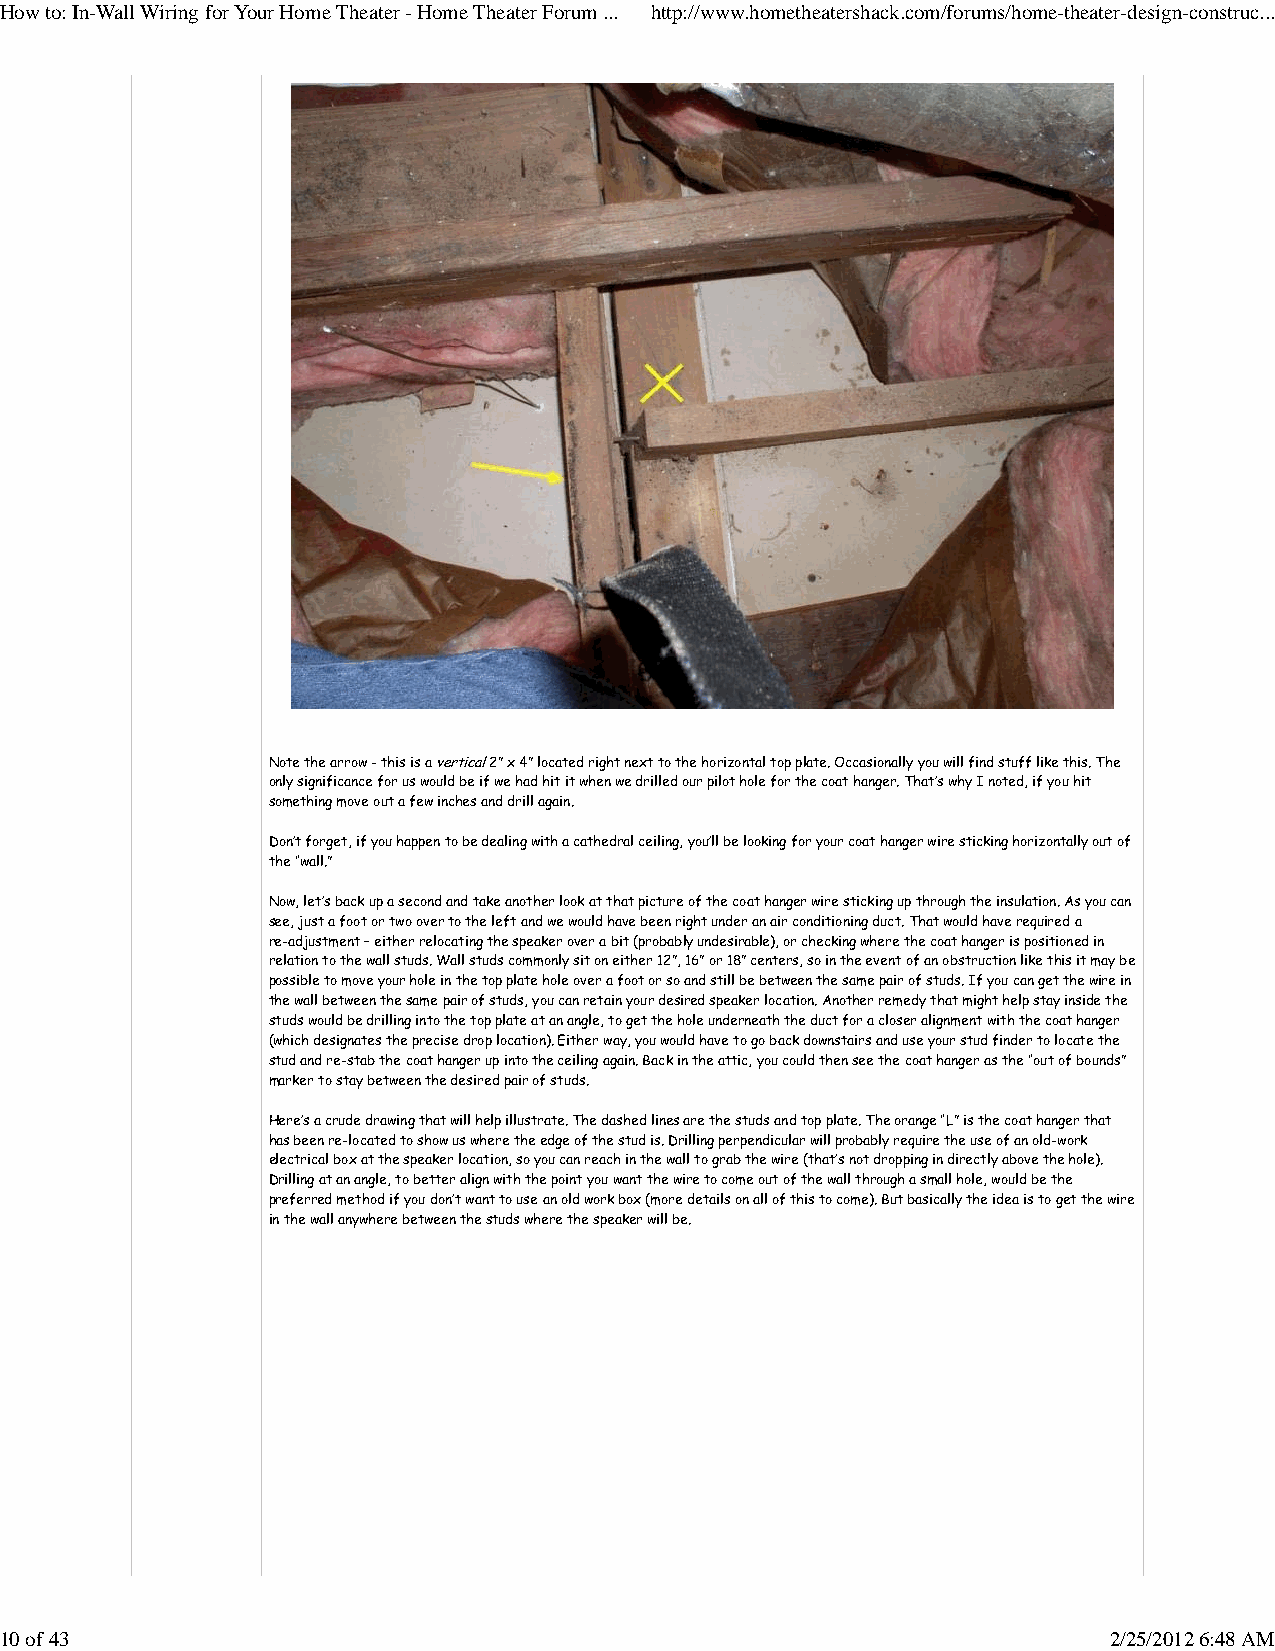
How to: In-Wall Wiring for Your Home Theater - Home Theater Forum ... http://www.hometheatershack.com/forums/home-theater-design-construc...
 Note the arrow - this is a vertical 2” x 4” located right next to the horizontal top plate. Occasionally you will find stuff like this. The
 only significance for us would be if we had hit it when we drilled our pilot hole for the coat hanger. That’s why I noted, if you hit
 something move out a few inches and drill again.
 Don’t forget, if you happen to be dealing with a cathedral ceiling, you’ll be looking for your coat hanger wire sticking horizontally out of
 the “wall.”
 Now, let’s back up a second and take another look at that picture of the coat hanger wire sticking up through the insulation. As you can
 see, just a foot or two over to the left and we would have been right under an air conditioning duct. That would have required a
 re-adjustment – either relocating the speaker over a bit (probably undesirable), or checking where the coat hanger is positioned in
 relation to the wall studs. Wall studs commonly sit on either 12”, 16” or 18” centers, so in the event of an obstruction like this it may be
 possible to move your hole in the top plate hole over a foot or so and still be between the same pair of studs. If you can get the wire in
 the wall between the same pair of studs, you can retain your desired speaker location. Another remedy that might help stay inside the
 studs would be drilling into the top plate at an angle, to get the hole underneath the duct for a closer alignment with the coat hanger
 (which designates the precise drop location). Either way, you would have to go back downstairs and use your stud finder to locate the
 stud and re-stab the coat hanger up into the ceiling again. Back in the attic, you could then see the coat hanger as the “out of bounds”
 marker to stay between the desired pair of studs.
 Here’s a crude drawing that will help illustrate. The dashed lines are the studs and top plate. The orange “L” is the coat hanger that
 has been re-located to show us where the edge of the stud is. Drilling perpendicular will probably require the use of an old-work
 electrical box at the speaker location, so you can reach in the wall to grab the wire (that’s not dropping in directly above the hole).
 Drilling at an angle, to better align with the point you want the wire to come out of the wall through a small hole, would be the
 preferred method if you don’t want to use an old work box (more details on all of this to come). But basically the idea is to get the wire
 in the wall anywhere between the studs where the speaker will be.
 10 of 43                                                                 2/25/2012 6:48 AM